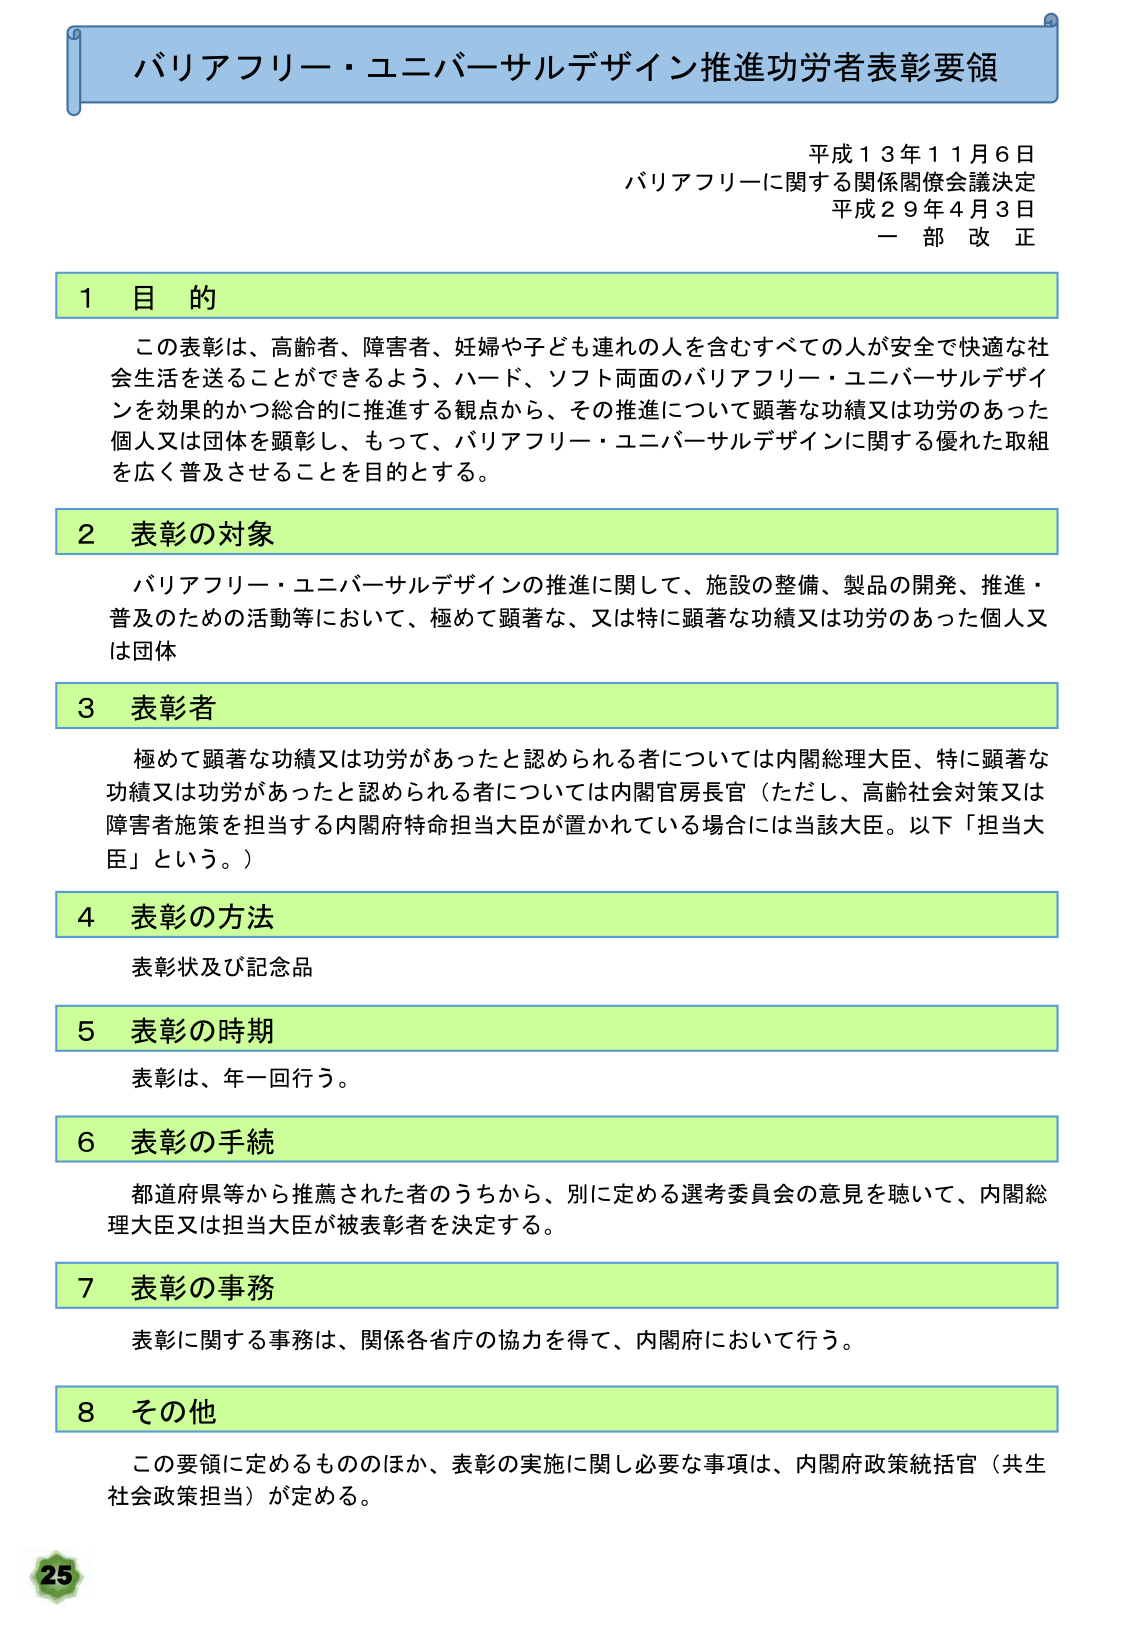
バリアフリー・ユニバーサルデザイン推進功労者表彰要領

平成１３年１１月６日
バリアフリーに関する関係閣僚会議決定
平成２９年４月３日
一部改正

１ 目的
この表彰は、高齢者、障害者、妊婦や子どもも連れの人を含むすべての人が安全で快適な社会生活を送ることができるよう、ハード、ソフト両面のバリアフリー・ユニバーサルデザインを効果的かつ総合的に推進する観点から、その推進について顕著な功績又は功労のあった個人又は団体を顕彰し、もって、バリアフリー・ユニバーサルデザインに関する優れた取組を広く普及させることを目的とする。

２ 表彰の対象
バリアフリー・ユニバーサルデザインの推進に関して、施設の整備、製品の開発、推進・普及のための活動等において、極めて顕著な、又は特に顕著な功績又は功労のあった個人又は団体

３ 表彰者
極めて顕著な功績又は功労があったと認められる者については内閣総理大臣、特に顕著な功績又は功労があったと認められる者については内閣官房長官（ただし、高齢社会対策又は障害者施策を担当する内閣府特命担当大臣が置かれている場合には当該大臣。以下「担当大臣」という。）

４ 表彰の方法
表彰状及び記念品

５ 表彰の時期
表彰は、年一回行う。

６ 表彰の手続
都道府県等から推薦された者のうちから、別に定める選考委員会の意見を聴いて、内閣総理大臣又は担当大臣が被表彰者を決定する。

７ 表彰の事務
表彰に関する事務は、関係各省庁の協力を得て、内閣府において行う。

８ その他
この要領に定めるもののほか、表彰の実施に関し必要な事項は、内閣府政策統括官（共生社会政策担当）が定める。

25